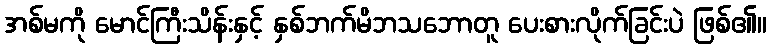
အစ်မကို မောင်ကြီးသိန်းနှင့် နှစ်ဘက်မိဘသဘောတူ ပေးစားလိုက်ခြင်းပဲ ဖြစ်၏။